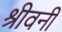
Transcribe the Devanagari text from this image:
श्रीवनी